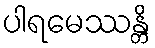
ပါရမေဿန္တိ